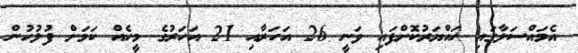
އެމައްސަލާގައި ހައްޔަރުކޮށްފައި ވަނީ 26 އަހަރާއި 21 އަހަރުގެ މީހެއް ކަމަށް ފުލުހުން